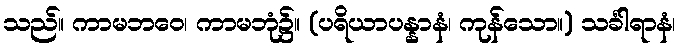
သည်။ ကာမဘဝေ၊ ကာမဘုံ၌။ (ပရိယာပန္နာနံ၊ ကုန်သော။) သင်္ခါရာနံ၊